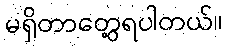
မရှိတာတွေ့ရပါတယ်။